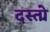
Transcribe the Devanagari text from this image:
दस्तोॅ